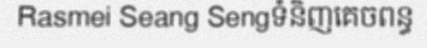
Rasmei Seang Sengទំនិញគេចពន្ធ